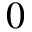
0